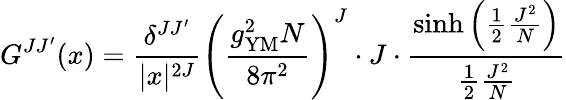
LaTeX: G^{JJ^{\prime}}(x)=\frac{\delta^{JJ^{\prime}}}{|x|^{2J}}\left(\frac{g_{\mathrm{YM}}^{2}N}{8\pi^{2}}\right)^{J}\cdot J\cdot\frac{\sinh\left(\frac{1}{2}\frac{J^{2}}{N}\right)}{\frac{1}{2}\frac{J^{2}}{N}}